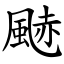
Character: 䬉